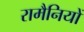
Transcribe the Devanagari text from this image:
रामैनियों